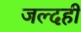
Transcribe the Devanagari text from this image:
जल्‍दही